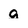
Character: a